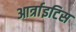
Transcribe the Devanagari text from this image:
आर्त्राइटिस